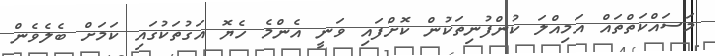
މަސައްކަތްތައް އަމިއްލަ ކުންފުނިތަކުން ކޮށްފައި ވަނީ އެންމެ ހެޔޮ އަގުތަކުގައި ކަމަށް ބެލެވެން